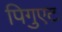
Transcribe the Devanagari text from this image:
पिगुएट